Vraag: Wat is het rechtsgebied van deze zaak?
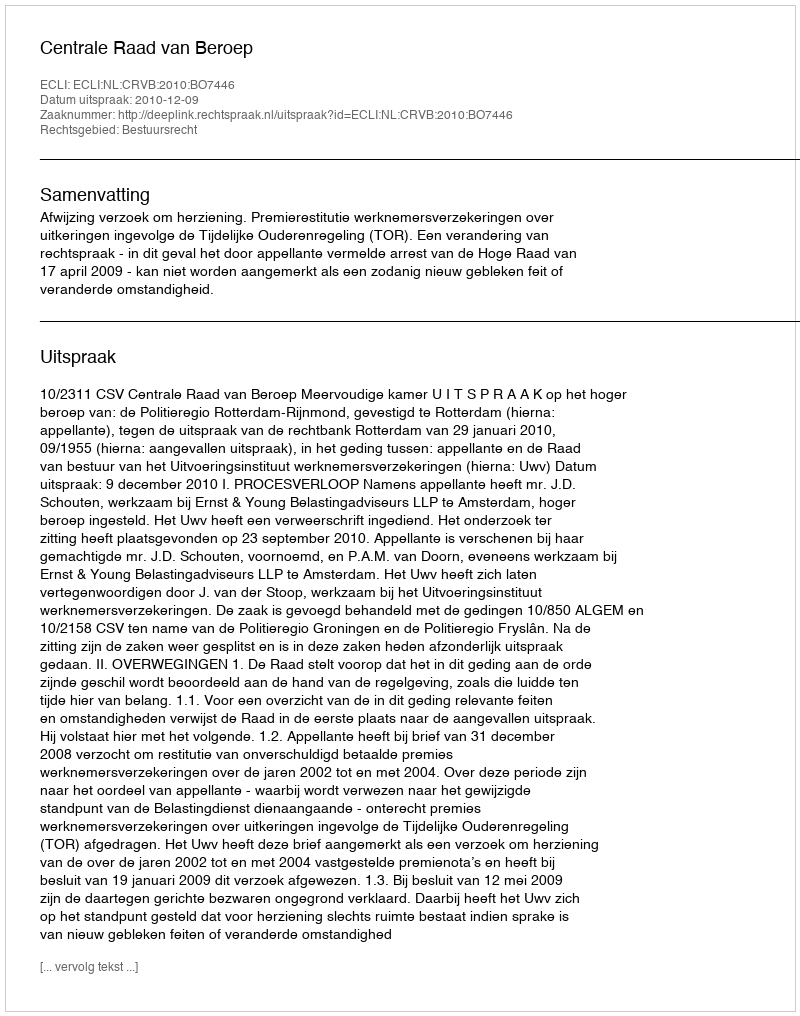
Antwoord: Bestuursrecht